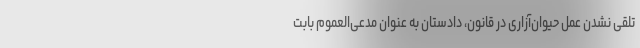
تلقی نشدن عمل حیوان‌آزاری در قانون، دادستان به عنوان مدعی‌العموم بابت